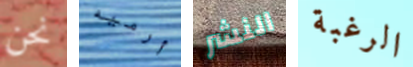
نحن أرميه النشر الرغبة